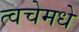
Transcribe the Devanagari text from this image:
त्वचेमधे